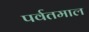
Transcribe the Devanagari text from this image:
पर्वतमाल